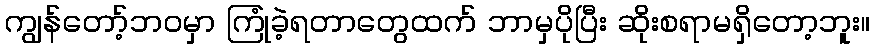
ကျွန်တော့်ဘဝမှာ ကြုံခဲ့ရတာတွေထက် ဘာမှပိုပြီး ဆိုးစရာမရှိတော့ဘူး။